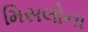
મિસલોના